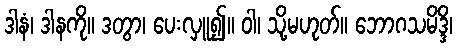
ဒါနံ၊ ဒါနကို။ ဒတွာ၊ ပေးလှူ၍။ ဝါ၊ သို့မဟုတ်။ ဘောဂသမိဒ္ဒိ၊